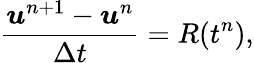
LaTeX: \frac{\boldsymbol{u}^{n+1}-\boldsymbol{u}^{n}}{\Delta t}=R(t^{n}),